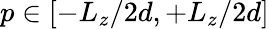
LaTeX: p\in[-L_{z}/2d,+L_{z}/2d]